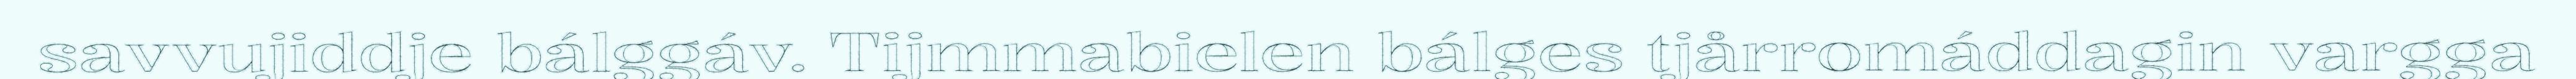
savvujiddje bálggáv. Tijmmabielen bálges tjårromáddagin vargga